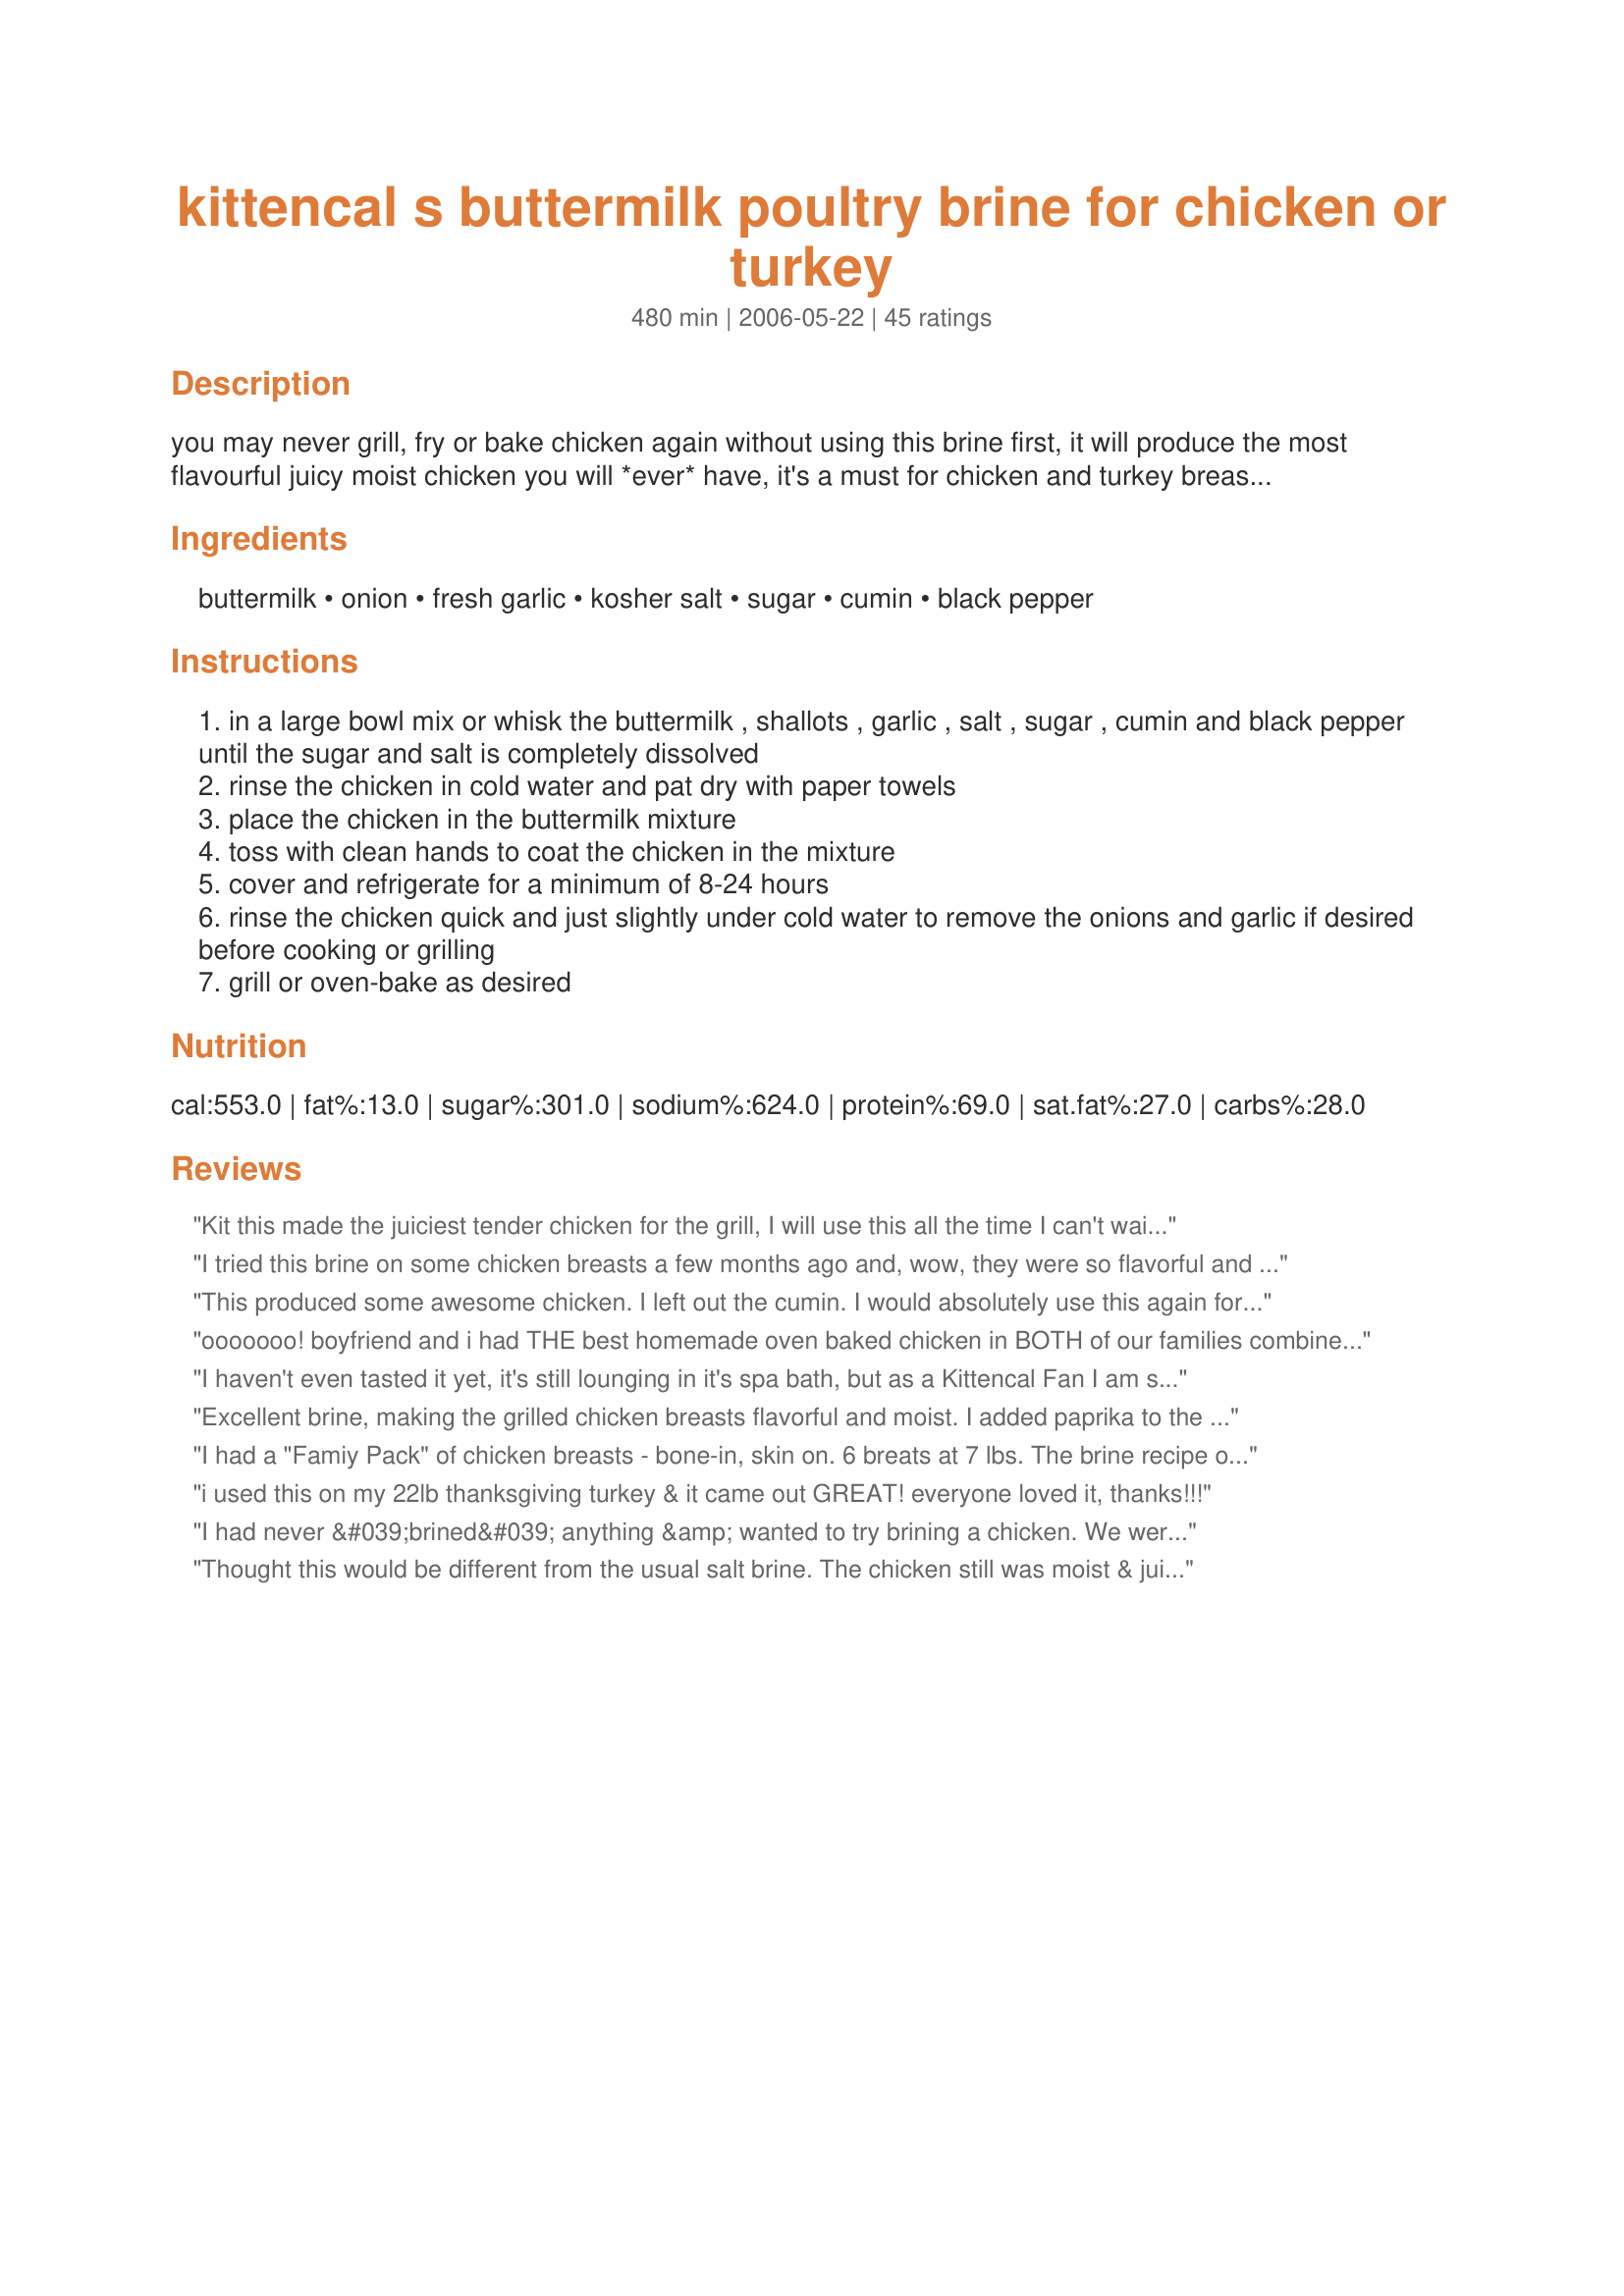
kittencal s buttermilk poultry brine for chicken or turkey
Preparation time: 480 minutes

you may never grill, fry or bake chicken again without using this brine first, it will produce the most flavourful juicy moist chicken you will *ever* have, it's a must for chicken and turkey breasts, and makes the best fried chicken on this planet! plan ahead the chicken needs to marinade in the buttermilk brine for a minimum of 8 hours or up to 24 hours. this brine is enough to cover about 4 pounds chicken pieces. you can double the recipe and use it on a small whole turkey also, the cumin is only optional, if you are not a lover of cumin then you can omit but it really brings out so much extra flavor without being overpowering.... you will *love* this brine! also see my recipe #225220 and recipe #148225.

Ingredients:
buttermilk, onion, fresh garlic, kosher salt, sugar, cumin, black pepper

Steps:
in a large bowl mix or whisk the buttermilk , shallots , garlic , salt , sugar , cumin and black pepper until the sugar and salt is completely dissolved
rinse the chicken in cold water and pat dry with paper towels
place the chicken in the buttermilk mixture
toss with clean hands to coat the chicken in the mixture
cover and refrigerate for a minimum of 8-24 hours
rinse the chicken quick and just slightly under cold water to remove the onions and garlic if desired before cooking or grilling
grill or oven-bake as desired

Reviews:
Kit this made the juiciest tender chicken for the grill, I will use this all the time I can't wait to try this for fryed chicken, another winner Kit thank you
I tried this brine on some chicken breasts a few months ago and, wow, they were so flavorful and moist! I decided to try it with a whole chicken and it worked perfectly! I always come out with dry chickens and this time it was great! SO couldn&#039;t get enough and he&#039;s really gone off chicken lately...Kittencal, once again, for the win!
This produced some awesome chicken. I left out the cumin. I would absolutely use this again for any poultry.
ooooooo! boyfriend and i had THE best homemade oven baked chicken in BOTH of our families combined! :) THANKS Kittencal first and foremost! kept pretty much the same but used 2 qts buttermilk (from powdered), 1/2c fried shallots, 1/4c minced garlic, 1/4c salt, 1/4c sugar, and same amounts of pepper and cumin as the recipe suggested. soaked bird for about 2 days! ohhhh sooo yummy! on the chicken he used a conglomoration of emerils Southwest essence, minced garlic, celery flakes, smoked paprika, himalaya pink salt, ground thyme, and cracked black pepper. roasted on rack in medium roaster above halved onions, taters, and water. my tastebuds say thanks and my full belly curses it all! lol. will always brine chicken from now on!
I haven't even tasted it yet, it's still lounging in it's spa bath, but as a Kittencal Fan I am sure it's going to be out of the park. It'
Excellent brine, making the grilled chicken breasts flavorful and moist. I added paprika to the mix also.
I had a "Famiy Pack" of chicken breasts - bone-in, skin on. 6 breats at 7 lbs. The brine recipe only covered 3 breasts! But that was OK. I had never even 'HEARD' of brine before - nobody in my extensive family did it! The funny part - when I pulled them out of the brine after about 18 hrs - they were HUGE! LOL! (I wondered if that would work on MY breasts! haha....) I was concerned about the garlic and such flavors being too overwhelming from the brine. I did basic oven fried chicken without adding much more flavorings. NO garlic/onion/cumin taste to overpower the taste of chicken! (I think I DID cut the cumin down a bit - due to other reviews). THIS CHICKEN WAS SO TENDER AND JUICY!...(and huge! lol!) Will definately brine again. Thx for terrific recipe!
i used this on my 22lb thanksgiving turkey & it came out GREAT! everyone loved it, thanks!!!
I had never &#039;brined&#039; anything &amp; wanted to try brining a chicken. We were going camping &amp; thought I would try this. Everything tastes better when camping, right? So I took a whole chicken, cut in half. Put half in a bag with this recipe &amp; tried another brine recipe for the other half. Why I bothered with the second brine is a mystery - Kitten NEVER disappoints. Threw the chicken in the fridg &amp; off we went, It was too windy to cook over the fire so I baked the chicken in the RV after about 36 hours of brining. It was a huge hit! It reminded me of the rotissierie chicken from Costco. I am doing this at home today. I loved the flavor and how moist the chicken was. Can&#039;t brag about the leftovers because there were none. This was a wonderful camping recipe, prepare at home and take along. I do want to cook it in cast iron on a fire - think it will be awesome. Thanks Kitten, you rock !
Thought this would be different from the usual salt brine. The chicken still was moist & juicy which wasn't disappointing. I still feel that the salt brine gives you the same results & is a less expensive way to go. 
Thanks for posting Kittencal, I still love experimenting with your recipes.
Rave reviews from the family this Thanksgiving thanks to this oh so simple and delicious recipe.&lt;br/&gt;Thank you!
This produced a very moist and tender chicken breast, that my whole family enjoyed! I ended up marinating for three days (from frozen) and it was wonderful as are your other recipes I have tried! Thanks for posting as I have already passed this recipe to several others.
I've never before brined my turkey... now I'm hooked. Worked wonderfully and the turkey turned out very moist & tasty.
Lots of compliments on the turkey. I used this on a 22-pound bird, believe it or not.
Did a whole chicken. The meat was tender & juicy even the second night when we had the leftovers!Thanks!
Another 5 star for this one. I've never used buttermilk before, but I will definitely use it again. Thanks Kittencal! I used boneless skinless chicken breast, and coated them with seasoned flour and fried them in a skillet. Delicious!
Darling! 5 stars is not enough for this gem of a recipe. I was leary of the Cumin at first. I love cumin but on my Thanksgiving turkey?? I was roasting on a whole turkey breast so I doubled the recipe and prepared exactly as written. This was so easy to prepare and it produced the moistest, tenderest, juiciest most flavorful bird I have ever eaten. Please, USE THE CUMIN!!! It does not come out tasting like tacos, I swear! It gives the meat a subtle hint of something that is totally and completely mouth~friggin~watering. You cant go wrong with one of Kit's recipes. They have never left me disappointed. P.S. I am eating leftover turkey right now and its just as delicious as yesterday! WINNER!
We liked this alot. It does make a very tender piece of meat. We could really taste the cumin, so I think I will reduce that next time. I always use buttermilk before making my chicken fried chicken. However, I had never added other spices to it before. Thank you very much for sharing!
Iloved this recipe! I omitted the cumin and added a bit of fresh thyme and sage. I used this brine and a traditional brine for my two Christmas turkey breasts. My family couldn't tell the difference but I could. The meat had a mildly tangy flavor that went well with the spicy rice stuffing. I couldn't get all of the buttermilk off of the turkey but that just added more flavor to the juices. When I make this recipe again with poultry I'm going to stuff, I will use just a bit less salt.
I used this for boneless/skinless breasts and it was great. I did not have any fresh onions so I used some minced onions and onion powder so I had the flavor.
I have to agree that this is the best chicken I have ever made on the grill. I marinated 24 hours. 
My DH is not a big fan of chicken on the bone...until now. This is definetly a keeper. I really cannot wait to make it again.
Yep. Never, ever making chicken/poultry without this brine again. I marinated a couple of pounds of chicken tenderloins in this deliciousness for 24 hours, then tossed them on the charcoal grill along with a couple of other recipes of marinated/brined chicken and this was the clear winner! Even the macho men who normally want nothing but burgers and steak chose this chicken over all the red meat we grilled. Thanks, Kitten, for yet another stunner of a recipe!
Didn't like it,sorry. I didn't think it added any taste or tenderness to the roasted chicken. Sorry for a low rating.
Thanks for all your help Kittencal... This went over fantastic at my BBQ... it amazed me how it made the chicken so moist and tender. I'm looking forward to trying this out on the Thanksgiving turkey this year
This was so fabulous last year that I had to look it up again for this year. I outdid myself and now am committed to doing thanksgiving every year, because of this recipe. Thanks kittencal!
Simply stated, this recipe is awesome.

My boyfriend has been experimenting with attempting to make the perfect hot wing (he even has a blog of his journey, aptly named theperfectwing.com). We had just been deep frying the wings plain. This time we tried deep frying them after using this brine recipe (we did substitute cream for the buttermilk, we couldn't find any), they were amazing. I didn't even want the sauce on them. I'm going to try it with a whole chicken sometime this week.

Thanks for this!
I have now made this recipe 3X's using both chicken thighs(bone in) & pork loin. With the chicken thighs I have been grilling 12 at a time to leave in the frig for family members meals. The marinade adds a very nice mild taste plus the chicken is firmer when eaten(a plus). The pork loin which is very lean (tough) I baked. Both of these meats have been very successful after 2 days of marinating. I will continue to use this recipe for the marinating of these meats. I now keep a 1qt. container of buttermilk in the frig at all times. Thank you Kittencal!
Delicious! Makes for tasty, juicy chicken breasts which is what we used. Also, this grilled easily without burning or sticking, which is a plus in my DH's opinion (he's the griller in our house). Thanks!
What a fantastic recipe! I brined my fresh turkey in this for Thanksgiving and it came out superb! The meat was so moist and flavorful. Plus, it gave the turkey a deep mahogany hue which was very attractive, and the gravy had a rich, wonderful flavor. In future, I'll ALWAYS use this on any turkey I cook, and I will use it on chicken also.
This is the best brine I have ever used. I used this to make roasted chicken and I brined it for about 20 hours. My chicken was so tender and juicy. I will definitely use this again.
I used this on my Christmas turkey and the taste was incredible....the cumin is a definate must!!! We had a 16 lb fresh turkey and the bag was to small to brine in, so I used a cooking bag. I got my turkey 4 days ahead of time and stored it outside on our deck patio (the salt prevents it from freezing). Come Xmas day, this turkey was moist, tender and I had to slap my hand for not eating up the skin....soooo good!!! Another winner, Kitten!!!
Thanks so much for a simple brine. It worked perfectly -- very, very moist. Going in the keeper file.
Very tender, moist chicken. I only marinated for 6 hours and it was still wonderful. I can't wait to try marinating for 24 hours next time! Thanks again Kitt!
GAWD!! We thought we'd tried the best, but this recipe tops them ALL! KittenCal, THANK YOU SO MUCH for such a great recipe. The compliments I received with your recipe were endless. I cannot say enough good things about your recipe except to say I cannot thank you enough and I will always try ANY/ALL of your recipes. Thank you!

GreeneMachine
This was excellent. The chicken was very moist and tender. Also, like other reviewers noted the chicken breasts (bone in with skin) really grew in size. I used 1 tsp. of cumin, but would probably not add that next time as I did not care for the taste. I think I would replace it with Old Bay seasoning. I did not rinse them off like another reviewer but just pulled them out of the brine and rolling them in plain bread crumbs and baking at 350 for 1 hour. I would like to try this on a turkey.
I used this brine for my Thanksgiving turkey this year. Without a doubt, this was my best turkey ever!! I will definitely use this again. It beats the traditional water-based brine, hands-down!!
My grilled chicken has never been so moist. Wonderful recipe Kitz. Thanks
Once again, Kitt~you've done it! Easy to put together, worked well with substitution on hand, and delivered an exceptional bird! Didn't have buttermilk (I used skim milk, vinegar, and cornstarch mixed together)but all the rest stayed exact. Normally, I brine with just kosher salt, water, (which produces a fine bird) but took it a step further. Even the left over wings, drums were still juicy after 2 days, and had those for a late night snack.
I used this recipe to brine some breasts that I was going to stuff. I love this brine flavor. The cumin puts it over the top. thank you for sharing
We didn't like this as much as the regular salt water brine with peppercorns, bay leaf, garlic, salt and sugar. This was OK.. but I wouldn't make it again. I brined boneless breasts for 24 hours. I breaded them and baked them in the oven.
OMG! I used this brine for my thanksgiving turkey- I tripled the recipe and let it soak in the fridge for 48 hours. It was so absolutely DELISH and JUICY that I didn't have any leftovers! Because of the turkey being so flavorful, of course the gravy was fantastic. I will always use this recipe now for my turkeys. Thank you Kittencal for another great recipe!
The Absolute BEST turkey I have ever tasted!!! I wish I could give this recipe 10 Stars! I completely agree with Beautiful Disgrace's review! I was a little dubious about the cumin but, as usual, Kitten knows best!
I can't state exactly how great this recipe is. My 17 year old son has complimented me in the past, but upon making this he stated that "No one does chicken like I do". The only change I made was I only use boneless, skinless breasts. This will definetly be served again and again.
Our grilled chicken leg & thighs were very moist and tender. We followed the recipe (marinating for 24 hours) but I was expecting more flavour from the cumin. Next time I would substitute the cumin with a garam masala to give our chicken more complexity. Thank you!
Great brine. I spooned some Cloned KFC Honey BBQ Sauce over the top after we grilled it (didn't rinse the chicken beforehand) and it was great. Thanks!
